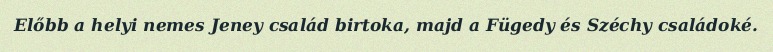
Előbb a helyi nemes Jeney család birtoka, majd a Fügedy és Széchy családoké.